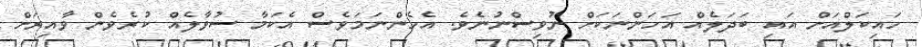
ހައިކަލްއަށް އައި ބަދަލެއް އަހަންނަކަށް ނުވިސްނުނެވެ. އެހެންނަމަވެސް އެކަމާ ސުވާލެއް ކުރެވެން ވާއިރަށް